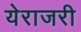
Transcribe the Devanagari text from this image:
येराजरी